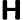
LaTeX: \boldsymbol{\mathsf{H}}